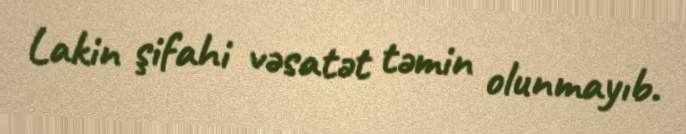
Lakin şifahi vəsatət təmin olunmayıb.